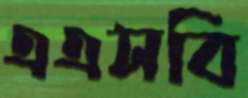
এএসবি